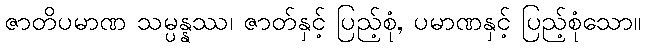
ဇာတိပမာဏ သမ္ပန္နဿ၊ ဇာတ်နှင့် ပြည့်စုံ, ပမာဏနှင့် ပြည့်စုံသော။